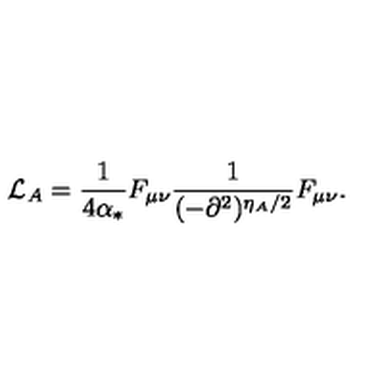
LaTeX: { \cal L } _ { A } = \frac { 1 } { 4 \alpha _ { * } } F _ { \mu \nu } \frac { 1 } { ( - \partial ^ { 2 } ) ^ { \eta _ { A } / 2 } } F _ { \mu \nu } .